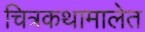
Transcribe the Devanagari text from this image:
चित्रकथामालेत